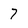
Character: 7